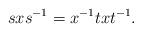
LaTeX: \begin{align*}s x s^{-1} = x^{-1} t x t^{-1}.\end{align*}